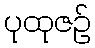
ပုထုဇဉ်